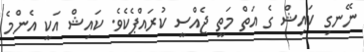
ނޭނގި ކައިޝް ގެ އަތް މަތީ ޖެއްސީ ކުރައްޕެކެވެ. ކައިޝް އަކީ އެންމެ